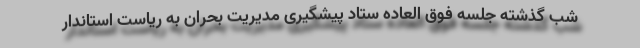
شب گذشته جلسه فوق العاده ستاد پیشگیری مدیریت بحران به ریاست استاندار